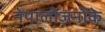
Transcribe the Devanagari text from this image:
नेपालीजनोंके